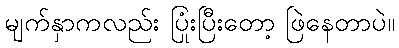
မျက်နှာကလည်း ပြုံးပြီးတော့ ဖြဲနေတာပဲ။